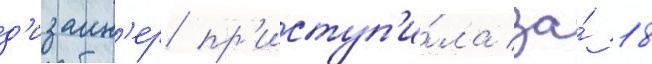
д'изаин'ер пр'иступ'и́ла за́ 18